Source: Computer-generated
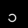
Digit: ၁ (1)